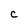
Character: C